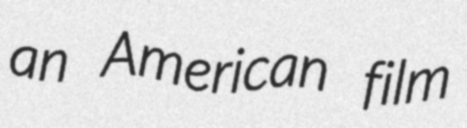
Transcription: an American film